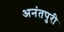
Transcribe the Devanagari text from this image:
अनंतपुरी